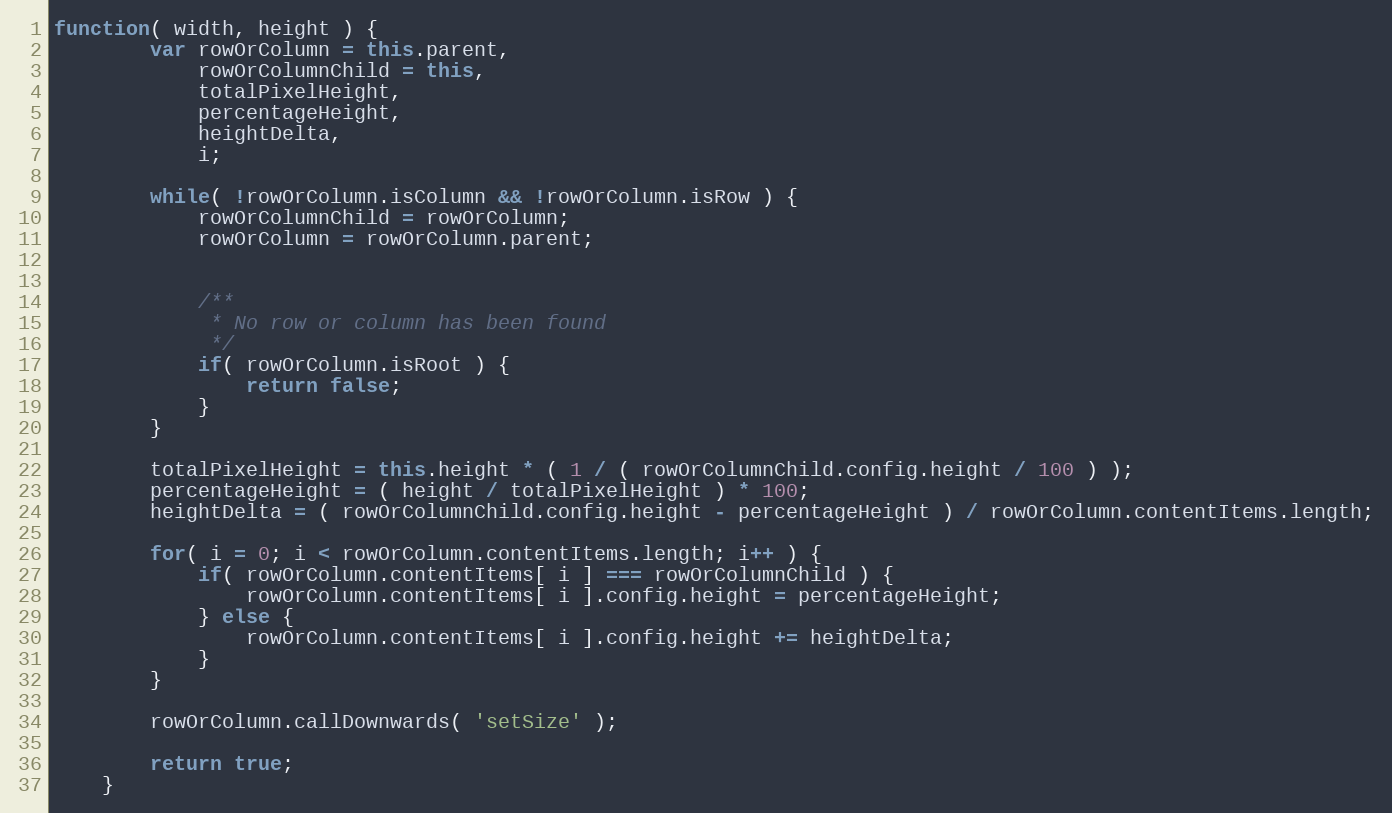
Language: JavaScript
function( width, height ) {
		var rowOrColumn = this.parent,
			rowOrColumnChild = this,
			totalPixelHeight,
			percentageHeight,
			heightDelta,
			i;

		while( !rowOrColumn.isColumn && !rowOrColumn.isRow ) {
			rowOrColumnChild = rowOrColumn;
			rowOrColumn = rowOrColumn.parent;

			/**
			 * No row or column has been found
			 */
			if( rowOrColumn.isRoot ) {
				return false;
			}
		}

		totalPixelHeight = this.height * ( 1 / ( rowOrColumnChild.config.height / 100 ) );
		percentageHeight = ( height / totalPixelHeight ) * 100;
		heightDelta = ( rowOrColumnChild.config.height - percentageHeight ) / rowOrColumn.contentItems.length;

		for( i = 0; i < rowOrColumn.contentItems.length; i++ ) {
			if( rowOrColumn.contentItems[ i ] === rowOrColumnChild ) {
				rowOrColumn.contentItems[ i ].config.height = percentageHeight;
			} else {
				rowOrColumn.contentItems[ i ].config.height += heightDelta;
			}
		}

		rowOrColumn.callDownwards( 'setSize' );

		return true;
	}